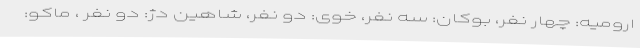
ارومیه: چهار نفر، بوکان: سه نفر، خوی: دو نفر، شاهین دژ: دو نفر ، ماکو: